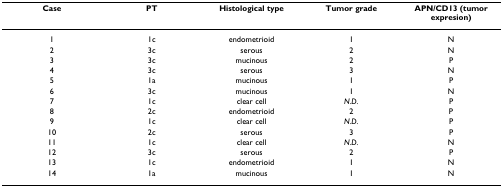
<table><thead><tr><td><b>Case</b></td><td><b>PT</b></td><td><b>Histological type</b></td><td><b>Tumor grade</b></td><td><b>APN/CD13 (tumor expresion)</b></td></tr></thead><tbody><tr><td>1</td><td>1c</td><td>endometrioid</td><td>1</td><td>N</td></tr><tr><td>2</td><td>3c</td><td>serous</td><td>2</td><td>N</td></tr><tr><td>3</td><td>3c</td><td>mucinous</td><td>2</td><td>P</td></tr><tr><td>4</td><td>3c</td><td>serous</td><td>3</td><td>N</td></tr><tr><td>5</td><td>1a</td><td>mucinous</td><td>1</td><td>P</td></tr><tr><td>6</td><td>3c</td><td>mucinous</td><td>1</td><td>N</td></tr><tr><td>7</td><td>1c</td><td>clear cell</td><td><i>N.D.</i></td><td>P</td></tr><tr><td>8</td><td>2c</td><td>endometrioid</td><td>2</td><td>P</td></tr><tr><td>9</td><td>1c</td><td>clear cell</td><td><i>N.D.</i></td><td>P</td></tr><tr><td>10</td><td>2c</td><td>serous</td><td>3</td><td>P</td></tr><tr><td>11</td><td>1c</td><td>clear cell</td><td><i>N.D.</i></td><td>N</td></tr><tr><td>12</td><td>3c</td><td>serous</td><td>2</td><td>P</td></tr><tr><td>13</td><td>1c</td><td>endometrioid</td><td>1</td><td>N</td></tr><tr><td>14</td><td>1a</td><td>mucinous</td><td>1</td><td>N</td></tr></tbody></table>